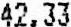
42.33